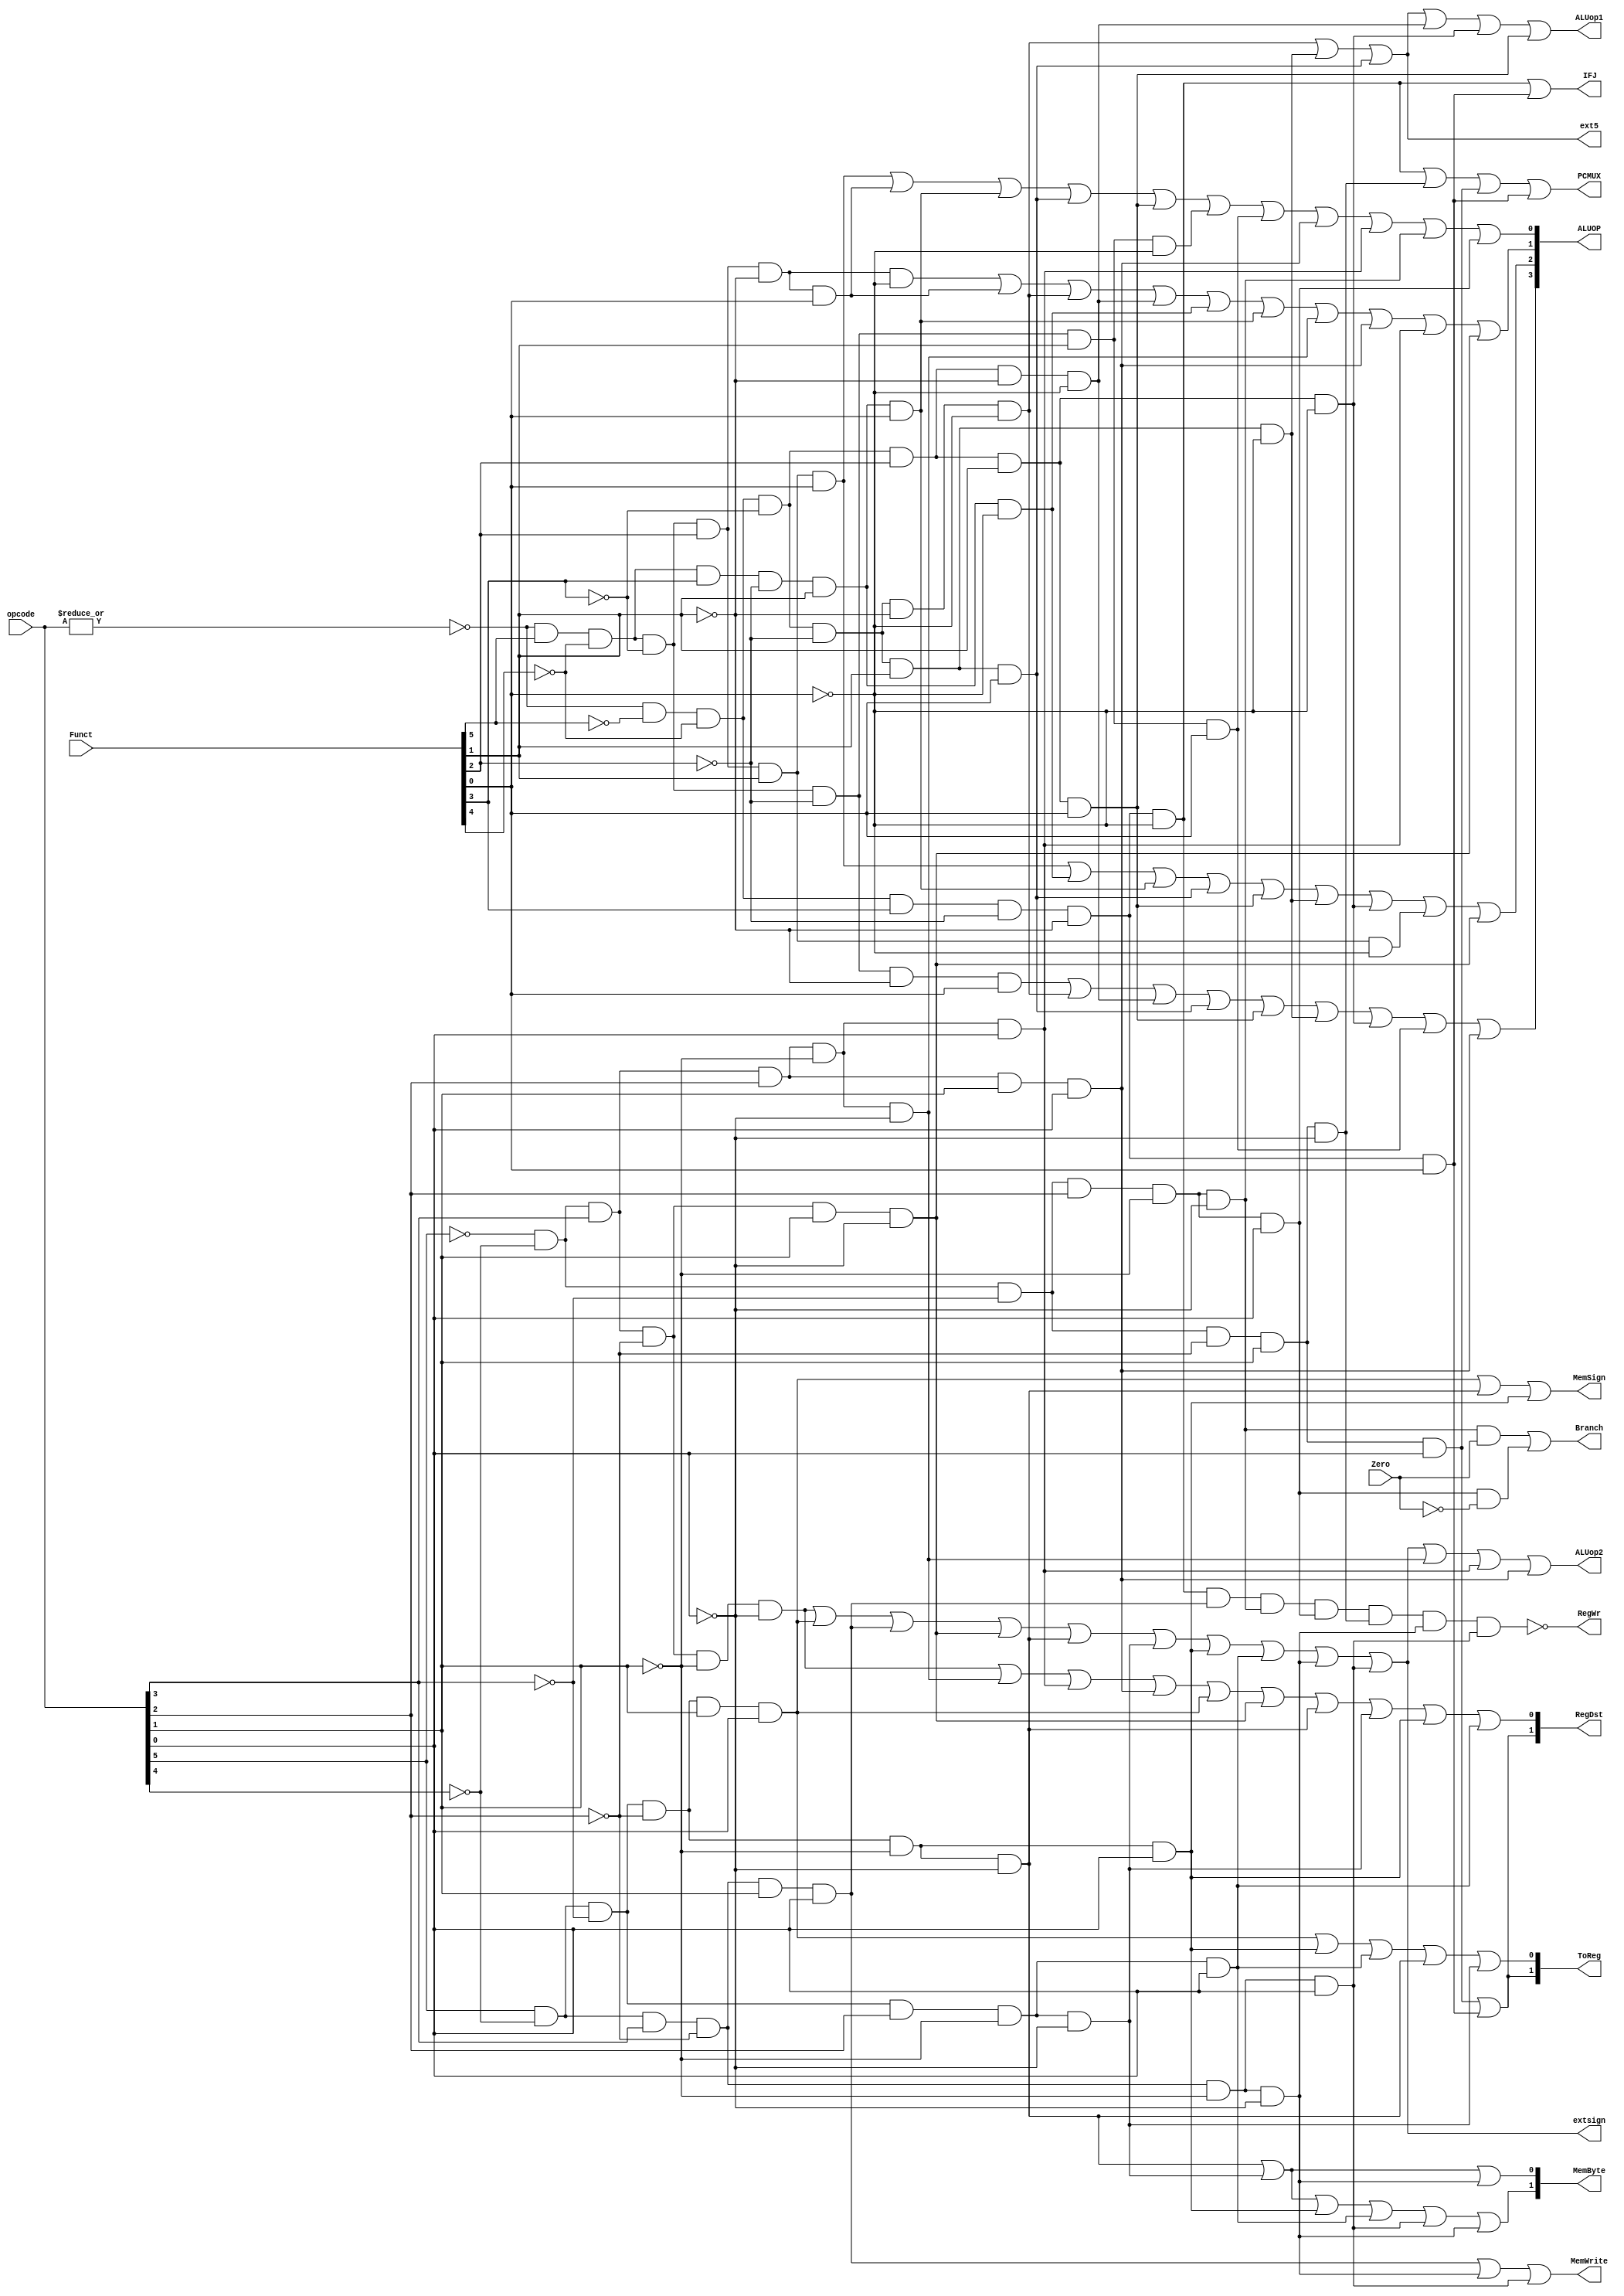
module cu (input wire[5:0] opcode,
           input wire[5:0] Funct,    //used by r-type, alu control
           input wire Zero,
           output [1:0] RegDst,      // rd,rt,[31] as the addr
           output ext5,              // 5bitsrs[4:0]shamt
           output wire extsign,       // extend 16,1
           output ALUop1,            // 0 means rs, 1 means zero extended shamt
           output ALUop2,            // 0 means rt, 1 means extended imm16
           output [1:0] ToReg,       // rfalu, mem, pc+4
           output RegWr,             // 
           output MemWrite,          //dm
           output wire[1:0] MemByte, /* control the data have been get before MemRead mux
                                     and the length of data ready to write to data memory*/
           output MemSign,           // 
           output PCMUX,             // PC(Branch)IFJ
           output IFJ,               // j
           output Branch,            // directly used by
           output wire [3: 0] ALUOP
           );

wire rtype = ~| opcode;  /*R1

OP01RRflag
R-R*/
wire  i_add = rtype& Funct[5]&~Funct[4]&~Funct[3]&~Funct[2]&~Funct[1]&~Funct[0];
wire  i_sub = rtype& Funct[5]&~Funct[4]&~Funct[3]&~Funct[2]& Funct[1]&~Funct[0];
wire  i_and = rtype& Funct[5]&~Funct[4]&~Funct[3]& Funct[2]&~Funct[1]&~Funct[0];
wire  i_nor = rtype& Funct[5]&~Funct[4]& ~Funct[3]&Funct[2]&Funct[1]&Funct[0];
wire  i_or  = rtype& Funct[5]&~Funct[4]&~Funct[3]& Funct[2]&~Funct[1]& Funct[0];
wire i_xor  = rtype&Funct[5]&~Funct[4]& ~Funct[3]&Funct[2]&Funct[1]&~Funct[0];
wire  i_slt = rtype& Funct[5]&~Funct[4]& Funct[3]&~Funct[2]& Funct[1]&~Funct[0];

wire i_sltu = rtype& Funct[5]&~Funct[4]& Funct[3]&~Funct[2]& Funct[1]& Funct[0];
wire i_addu = rtype& Funct[5]&~Funct[4]&~Funct[3]&~Funct[2]&~Funct[1]& Funct[0];
wire i_subu = rtype& Funct[5]&~Funct[4]&~Funct[3]&~Funct[2]& Funct[1]& Funct[0];

wire i_sllv = rtype&~Funct[5]&~Funct[4]& ~Funct[3]&Funct[2]&~Funct[1]&~Funct[0];
wire i_srlv = rtype&~Funct[5]&~Funct[4]& ~Funct[3]&Funct[2]&Funct[1]&~Funct[0];
wire i_srav = rtype&~Funct[5]&~Funct[4]& ~Funct[3]&Funct[2]&Funct[1]&Funct[0];

wire  i_sll = rtype&~Funct[5]&~Funct[4]& ~Funct[3]&~Funct[2]&~Funct[1]&~Funct[0];
wire i_srl  = rtype&~Funct[5]&~Funct[4]& ~Funct[3]&~Funct[2]&Funct[1]&~Funct[0];
wire  i_sra = rtype&~Funct[5]&~Funct[4]& ~Funct[3]&~Funct[2]&Funct[1]&Funct[0];

wire i_jr   = rtype&~Funct[5]&~Funct[4]& Funct[3]&~Funct[2]&~Funct[1]&~Funct[0];
wire i_jalr = rtype&~Funct[5]&~Funct[4]& Funct[3]&~Funct[2]&~Funct[1]&Funct[0];

// R-I
wire i_addi = ~opcode[5]&~opcode[4]& opcode[3]&~opcode[2]&~opcode[1]&~opcode[0];
wire i_andi = ~opcode[5]&~opcode[4]& opcode[3]&opcode[2]&~opcode[1]&~opcode[0];
wire i_lui  = ~opcode[5]&~opcode[4]& opcode[3]&opcode[2]&opcode[1]&opcode[0];
wire i_ori  = ~opcode[5]&~opcode[4]& opcode[3]& opcode[2]&~opcode[1]& opcode[0];
wire i_slti = ~opcode[5]&~opcode[4]& opcode[3]&~opcode[2]&opcode[1]&~opcode[0];
wire i_beq  = ~opcode[5]&~opcode[4]&~opcode[3]& opcode[2]&~opcode[1]&~opcode[0];
wire i_bne  = ~opcode[5]&~opcode[4]& ~opcode[3]&opcode[2]&~opcode[1]&opcode[0];
wire i_lb   = opcode[5]&~opcode[4]& ~opcode[3]&~opcode[2]&~opcode[1]&~opcode[0];
wire i_lbu  = opcode[5]&~opcode[4]& ~opcode[3]&opcode[2]&~opcode[1]&~opcode[0];
wire i_lh   = opcode[5]&~opcode[4]& ~opcode[3]&~opcode[2]&~opcode[1]&opcode[0];
wire i_lhu  = opcode[5]&~opcode[4]& ~opcode[3]&opcode[2]&~opcode[1]&opcode[0];
wire i_lw   = opcode[5]&~opcode[4]&~opcode[3]&~opcode[2]& opcode[1]& opcode[0];
wire i_sb   = opcode[5]&~opcode[4]& opcode[3]&~opcode[2]&~opcode[1]&~opcode[0];
wire i_sh   = opcode[5]&~opcode[4]& opcode[3]&~opcode[2]&~opcode[1]&opcode[0];
wire i_sw   = opcode[5]&~opcode[4]& opcode[3]&~opcode[2]& opcode[1]& opcode[0];


// J
wire i_j   = ~opcode[5]&~opcode[4]&~opcode[3]&~opcode[2]& opcode[1]&~opcode[0];
wire i_jal = ~opcode[5]&~opcode[4]& ~opcode[3]&~opcode[2]&opcode[1]&opcode[0];


// bind wire to output signal wire
assign RegDst[1]  = i_jal | i_jalr ;
assign RegDst[0]  = i_addi|i_andi|i_ori|i_lui|i_lw|i_slti|i_lb|i_lbu|i_lh|i_lhu;
assign ext5       = i_sll|i_srl|i_sra;
assign extsign    = i_addi|i_lw|i_sw|i_slti|i_lb|i_lbu|i_lh|i_lhu|i_sb|i_sh;
assign ALUop1     = i_sll | i_srl|i_sra|i_sllv|i_srlv|i_srav;
assign ALUop2     = extsign | i_andi|i_ori|i_lui;
assign ToReg[1]   = i_jal|i_jalr;
assign ToReg[0]   = i_lw|i_lh|i_lhu|i_lb|i_lbu;
assign RegWr      = ~(i_jr&i_sw&i_beq&i_bne&i_j&i_sb&i_sh);
assign MemWrite   = i_sw|i_sb|i_sh;
assign MemByte[1] = i_lb|i_lbu|i_lh|i_lhu|i_sh|i_sb;
assign MemByte[0] = i_lb|i_lbu|i_sb;
assign MemSign    = i_lw|i_lb|i_lh;
assign PCMUX      = i_jr|i_j|i_jal|i_jalr;
assign IFJ        = i_jr|i_jalr;


assign ALUOP[3] = i_addu | i_sll | i_sllv|i_sra|i_srav | i_srl | i_srlv|i_subu|i_lui;
assign ALUOP[2] = i_nor| i_slt|i_sltu|i_sra|i_srav|i_srl|i_srlv|i_xor|i_slti;
assign ALUOP[1] = i_and|i_or|i_sll|i_sllv|i_slt|i_sltu|i_andi|i_lui|i_ori|i_slti;
assign ALUOP[0] = i_nor|i_or|i_sltu|i_sra|i_srav|i_sub|i_subu|i_lui|i_ori|i_beq|i_bne ;

assign Branch = (i_beq & Zero) | (i_bne & (~Zero));

always @(opcode) begin
    $display("op %6b,funct%6b,andi %1b, aluop2=%1b", opcode, Funct,i_andi,ALUop2);
end


endmodule